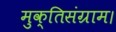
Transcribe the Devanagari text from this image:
मुक्तिसंग्राम।